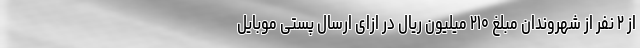
از ۲ نفر از شهروندان مبلغ ۲۱۰ میلیون ریال در ازای ارسال پستی موبایل